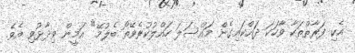
އެކި ފަރާތްތަކާ ވާހަކަ ދައްކައިގެން މައްސަލަ ހައްލުކުރެވޭތޯ ބެލުމޭ" އަމީން ވިދާޅުވި އެވެ.